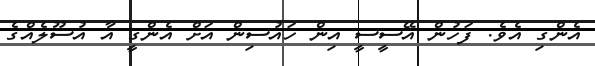
އެންގި އެވެ. ފަހުން އޭސީސީ އިން ހައުސިން އަށް އެންގީ އާ އުސޫލެއްގެ